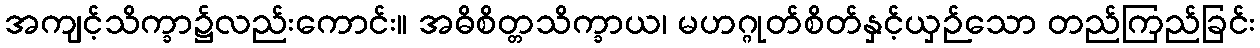
အကျင့်သိက္ခာ၌လည်းကောင်း။ အဓိစိတ္တသိက္ခာယ၊ မဟဂ္ဂုတ်စိတ်နှင့်ယှဉ်သော တည်ကြည်ခြင်း